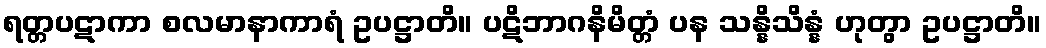
ရတ္တပဋာကာ စလမာနာကာရံ ဥပဋ္ဌာတိ။ ပဋိဘာဂနိမိတ္တံ ပန သန္နိသိန္နံ ဟုတွာ ဥပဋ္ဌာတိ။